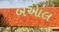
બઆલ